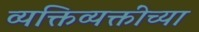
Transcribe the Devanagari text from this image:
व्यक्तिव्यक्तींच्या